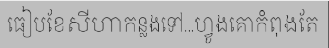
ធៀបខែសីហាកន្លងទៅ...ហ្វូងគោកំពុងតែ